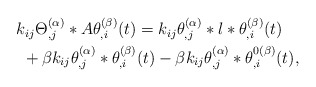
\begin{align*}\begin{aligned} & k_{ij}\Theta_{,j}^{(\alpha)}*A\theta_{,i}^{(\beta)}(t)=k_{ij}\theta_{,j}^{(\alpha)}*l*\theta_{,i}^{(\beta)}(t)\\ & \ +\beta k_{ij}\theta_{,j}^{(\alpha)}*\theta_{,i}^{(\beta)}(t)-\beta k_{ij}\theta_{,j}^{(\alpha)}*\theta_{,i}^{0(\beta)}(t),\end{aligned}\end{align*}